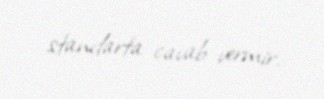
standarta cavab vermir.